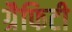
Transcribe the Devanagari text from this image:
ग्रैफिटी